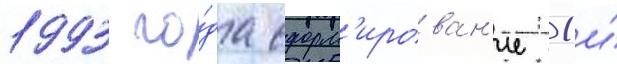
1993 го́да сформ'ирован'ие 1-и́